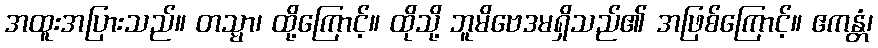
အထူးအပြားသည်။ တသ္မာ၊ ထို့ကြောင့်။ ထိုသို့ ဘူမိဗေဒမရှိသည်၏ အဖြစ်ကြောင့်။ ဧကန္တံ၊